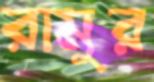
রামুর